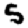
Digit: 5